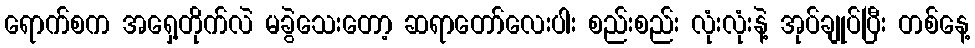
ရောက်စက အရှေ့တိုက်လဲ မခွဲသေးတော့ ဆရာတော်လေးပါး စည်းစည်း လုံးလုံးနဲ့ အုပ်ချုပ်ပြီး တစ်နေ့